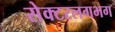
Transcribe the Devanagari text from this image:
सेक्टरलगभग